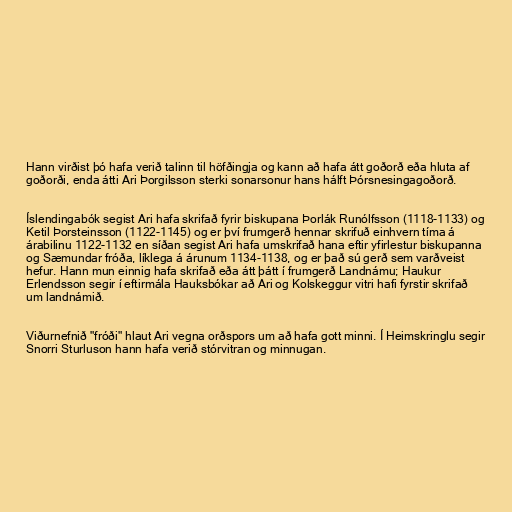
Hann virðist þó hafa verið talinn til höfðingja og kann að hafa átt goðorð eða hluta af
goðorði, enda átti Ari Þorgilsson sterki sonarsonur hans hálft Þórsnesingagoðorð.

Íslendingabók segist Ari hafa skrifað fyrir biskupana Þorlák Runólfsson (1118-1133) og
Ketil Þorsteinsson (1122-1145) og er því frumgerð hennar skrifuð einhvern tíma á
árabilinu 1122-1132 en síðan segist Ari hafa umskrifað hana eftir yfirlestur biskupanna
og Sæmundar fróða, líklega á árunum 1134-1138, og er það sú gerð sem varðveist
hefur. Hann mun einnig hafa skrifað eða átt þátt í frumgerð Landnámu; Haukur
Erlendsson segir í eftirmála Hauksbókar að Ari og Kolskeggur vitri hafi fyrstir skrifað
um landnámið.

Viðurnefnið "fróði" hlaut Ari vegna orðspors um að hafa gott minni. Í Heimskringlu segir
Snorri Sturluson hann hafa verið stórvitran og minnugan.